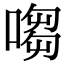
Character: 㗙